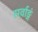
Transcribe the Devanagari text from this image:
सर्वाङ्गं